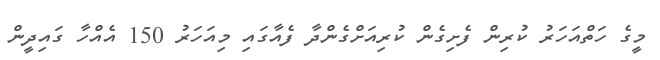
މީގެ ހަތްއަހަރު ކުރިން ފެށިގެން ކުރިއަށްގެންދާ ފެއާގައި މިއަހަރު 150 އެއްހާ ގައިދީން